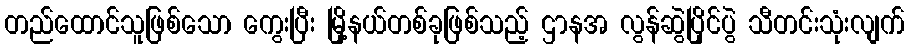
တည်ထောင်သူဖြစ်သော ကွေးပြီး မြို့နယ်တစ်ခုဖြစ်သည့် ဌာနအ လွန်ဆွဲပြိုင်ပွဲ သီတင်းသုံးလျက်